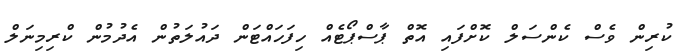
ކުރިން ވެސް ކެންސަލް ކޮށްފައި އޮތް ޕާސްޕޯޓެއް ހިފަހައްޓަން ދައުލަތުން އެދުމުން ކްރިމިނަލް